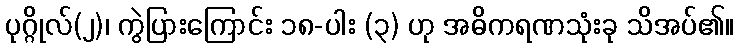
ပုဂ္ဂိုလ်(၂)၊ ကွဲပြားကြောင်း ၁၈-ပါး (၃) ဟု အဓိကရဏသုံးခု သိအပ်၏။